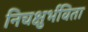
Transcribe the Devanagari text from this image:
निचक्षुर्भविता